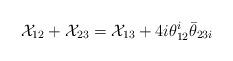
LaTeX: \begin{align*}{\cal X}_{12}+{\cal X}_{23}={\cal X}_{13}+4i\theta^{i}_{12}\bar{\theta}_{23i}\end{align*}